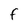
Character: F